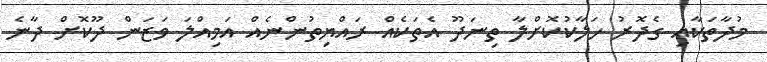
މުދާތަކާއި ގެދޮރު ހަލާކުކޮށްލާ ތިނަދޫ އެތަކެއް ރައްޔިތުންނެއް އަމިއްލަ ވަޒަން ދޫކޮށް ދާނެ